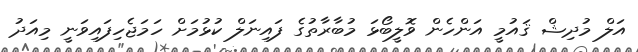
އަލް މުދިޝް ޤައުމީ އަންހެން ވޮލީބޯޅަ މުބާރާތުގެ ފައިނަލް ކުޅުމަށް ހަމަޖެހިފައިވަނީ މިއަދު